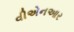
વીએનઆર